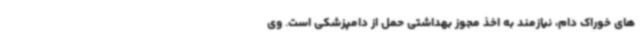
های خوراک دام، نیازمند به اخذ مجوز بهداشتی حمل از دامپزشکی است. وی